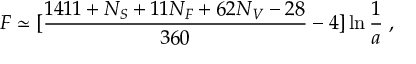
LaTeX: F \simeq \mathrm { \large [ } { \frac { 1 4 1 1 + N _ { S } + 1 1 N _ { F } + 6 2 N _ { V } - 2 8 } { 3 6 0 } } - 4 \mathrm { \large ] } \ln { { \frac { 1 } { a } } } \; ,